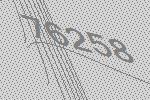
76258